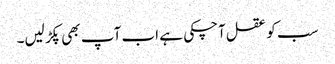
سب کو عقل آچکی ہے اب آپ بھی پکڑ لیں۔